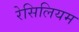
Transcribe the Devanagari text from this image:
रेसिलियम